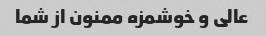
عالی و خوشمزه ممنون از شما